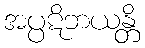
အပ္ပဋိဘယန္တိ